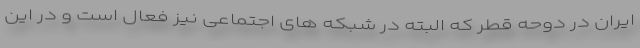
ایران در دوحه قطر که البته در شبکه های اجتماعی نیز فعال است و در این